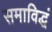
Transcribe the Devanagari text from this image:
समाविद्धं